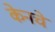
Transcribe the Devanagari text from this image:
केनचे